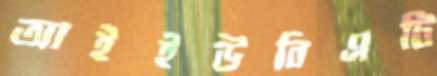
আইইউবিএটি